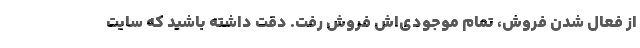
از فعال شدن فروش، تمام موجودی‌اش فروش رفت. دقت داشته باشید که سایت